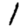
Digit: 1